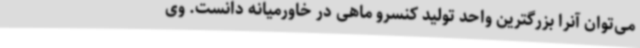
می‌توان آنرا بزرگترین واحد تولید کنسرو ماهی در خاورمیانه دانست. وی